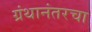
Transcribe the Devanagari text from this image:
ग्रंथानंतरचा